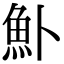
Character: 𬵂